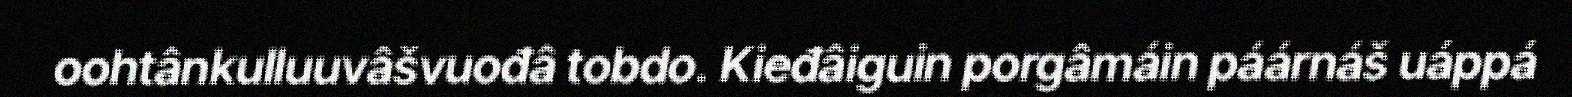
oohtânkulluuvâšvuođâ tobdo. Kieđâiguin porgâmáin páárnáš uáppá